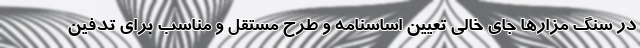
در سنگ مزارها جای خالی تعیین اساسنامه و طرح مستقل و مناسب برای تدفین